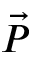
\vec { P }